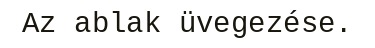
Az ablak üvegezése.